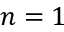
n = 1